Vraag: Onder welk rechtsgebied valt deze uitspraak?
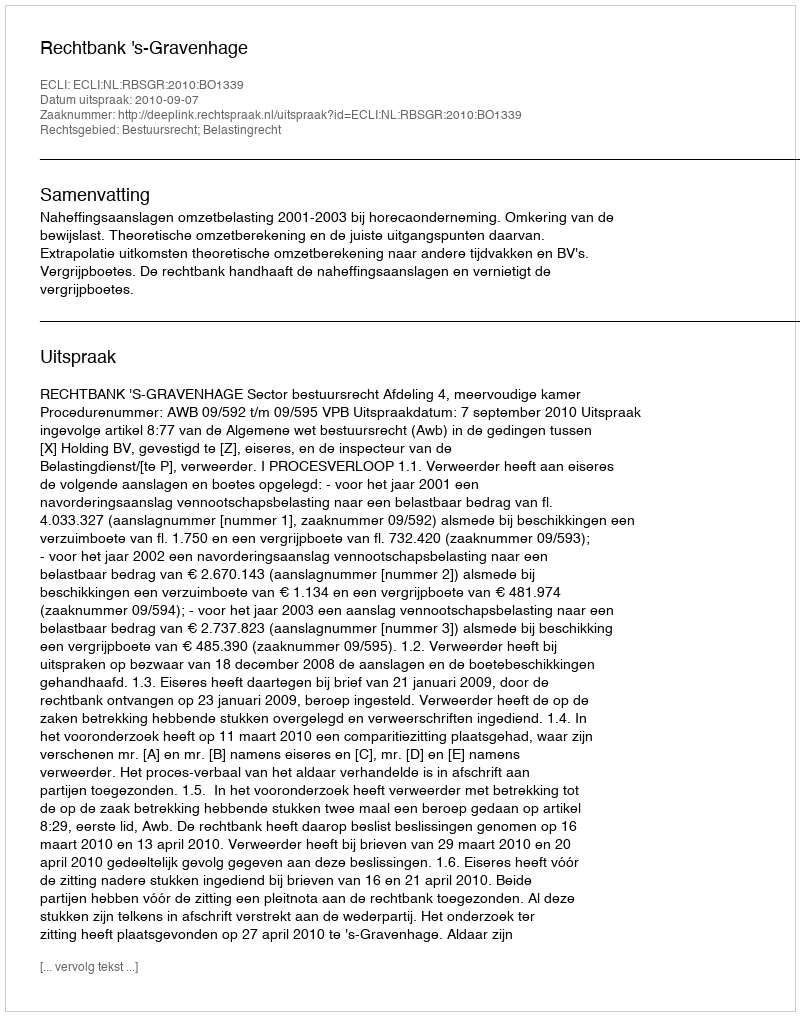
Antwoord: Bestuursrecht; Belastingrecht